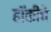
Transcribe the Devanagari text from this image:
हाॅकीचे